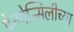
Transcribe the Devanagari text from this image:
पेनपेन्सिलीच्या